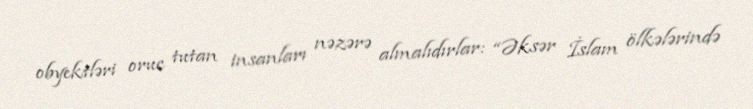
obyektləri oruc tutan insanları nəzərə almalıdırlar: “Əksər İslam ölkələrində